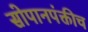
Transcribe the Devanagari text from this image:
सोपानपंक्तीच